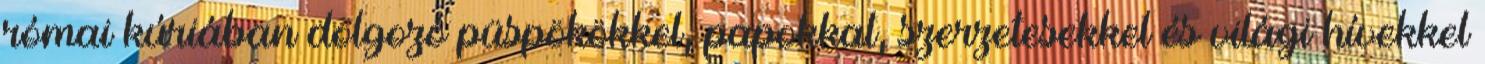
római kúriában dolgozó püspökökkel, papokkal, szerzetesekkel és világi hívekkel